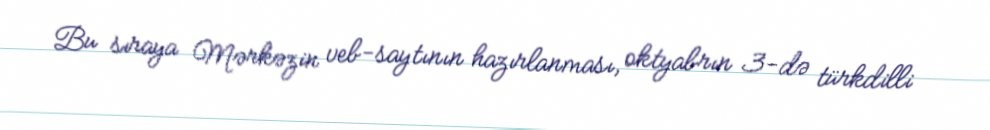
Bu sıraya Mərkəzin veb-saytının hazırlanması, oktyabrın 3-də türkdilli